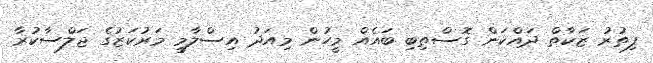
ފިތުރު ޒަކާތް ދައްކަން ގޮސްތިބި ބައެއް މީހުން މިއަދު އިސްލާމީ މަރުކަޒުގެ ޖަލްސާކުރާ